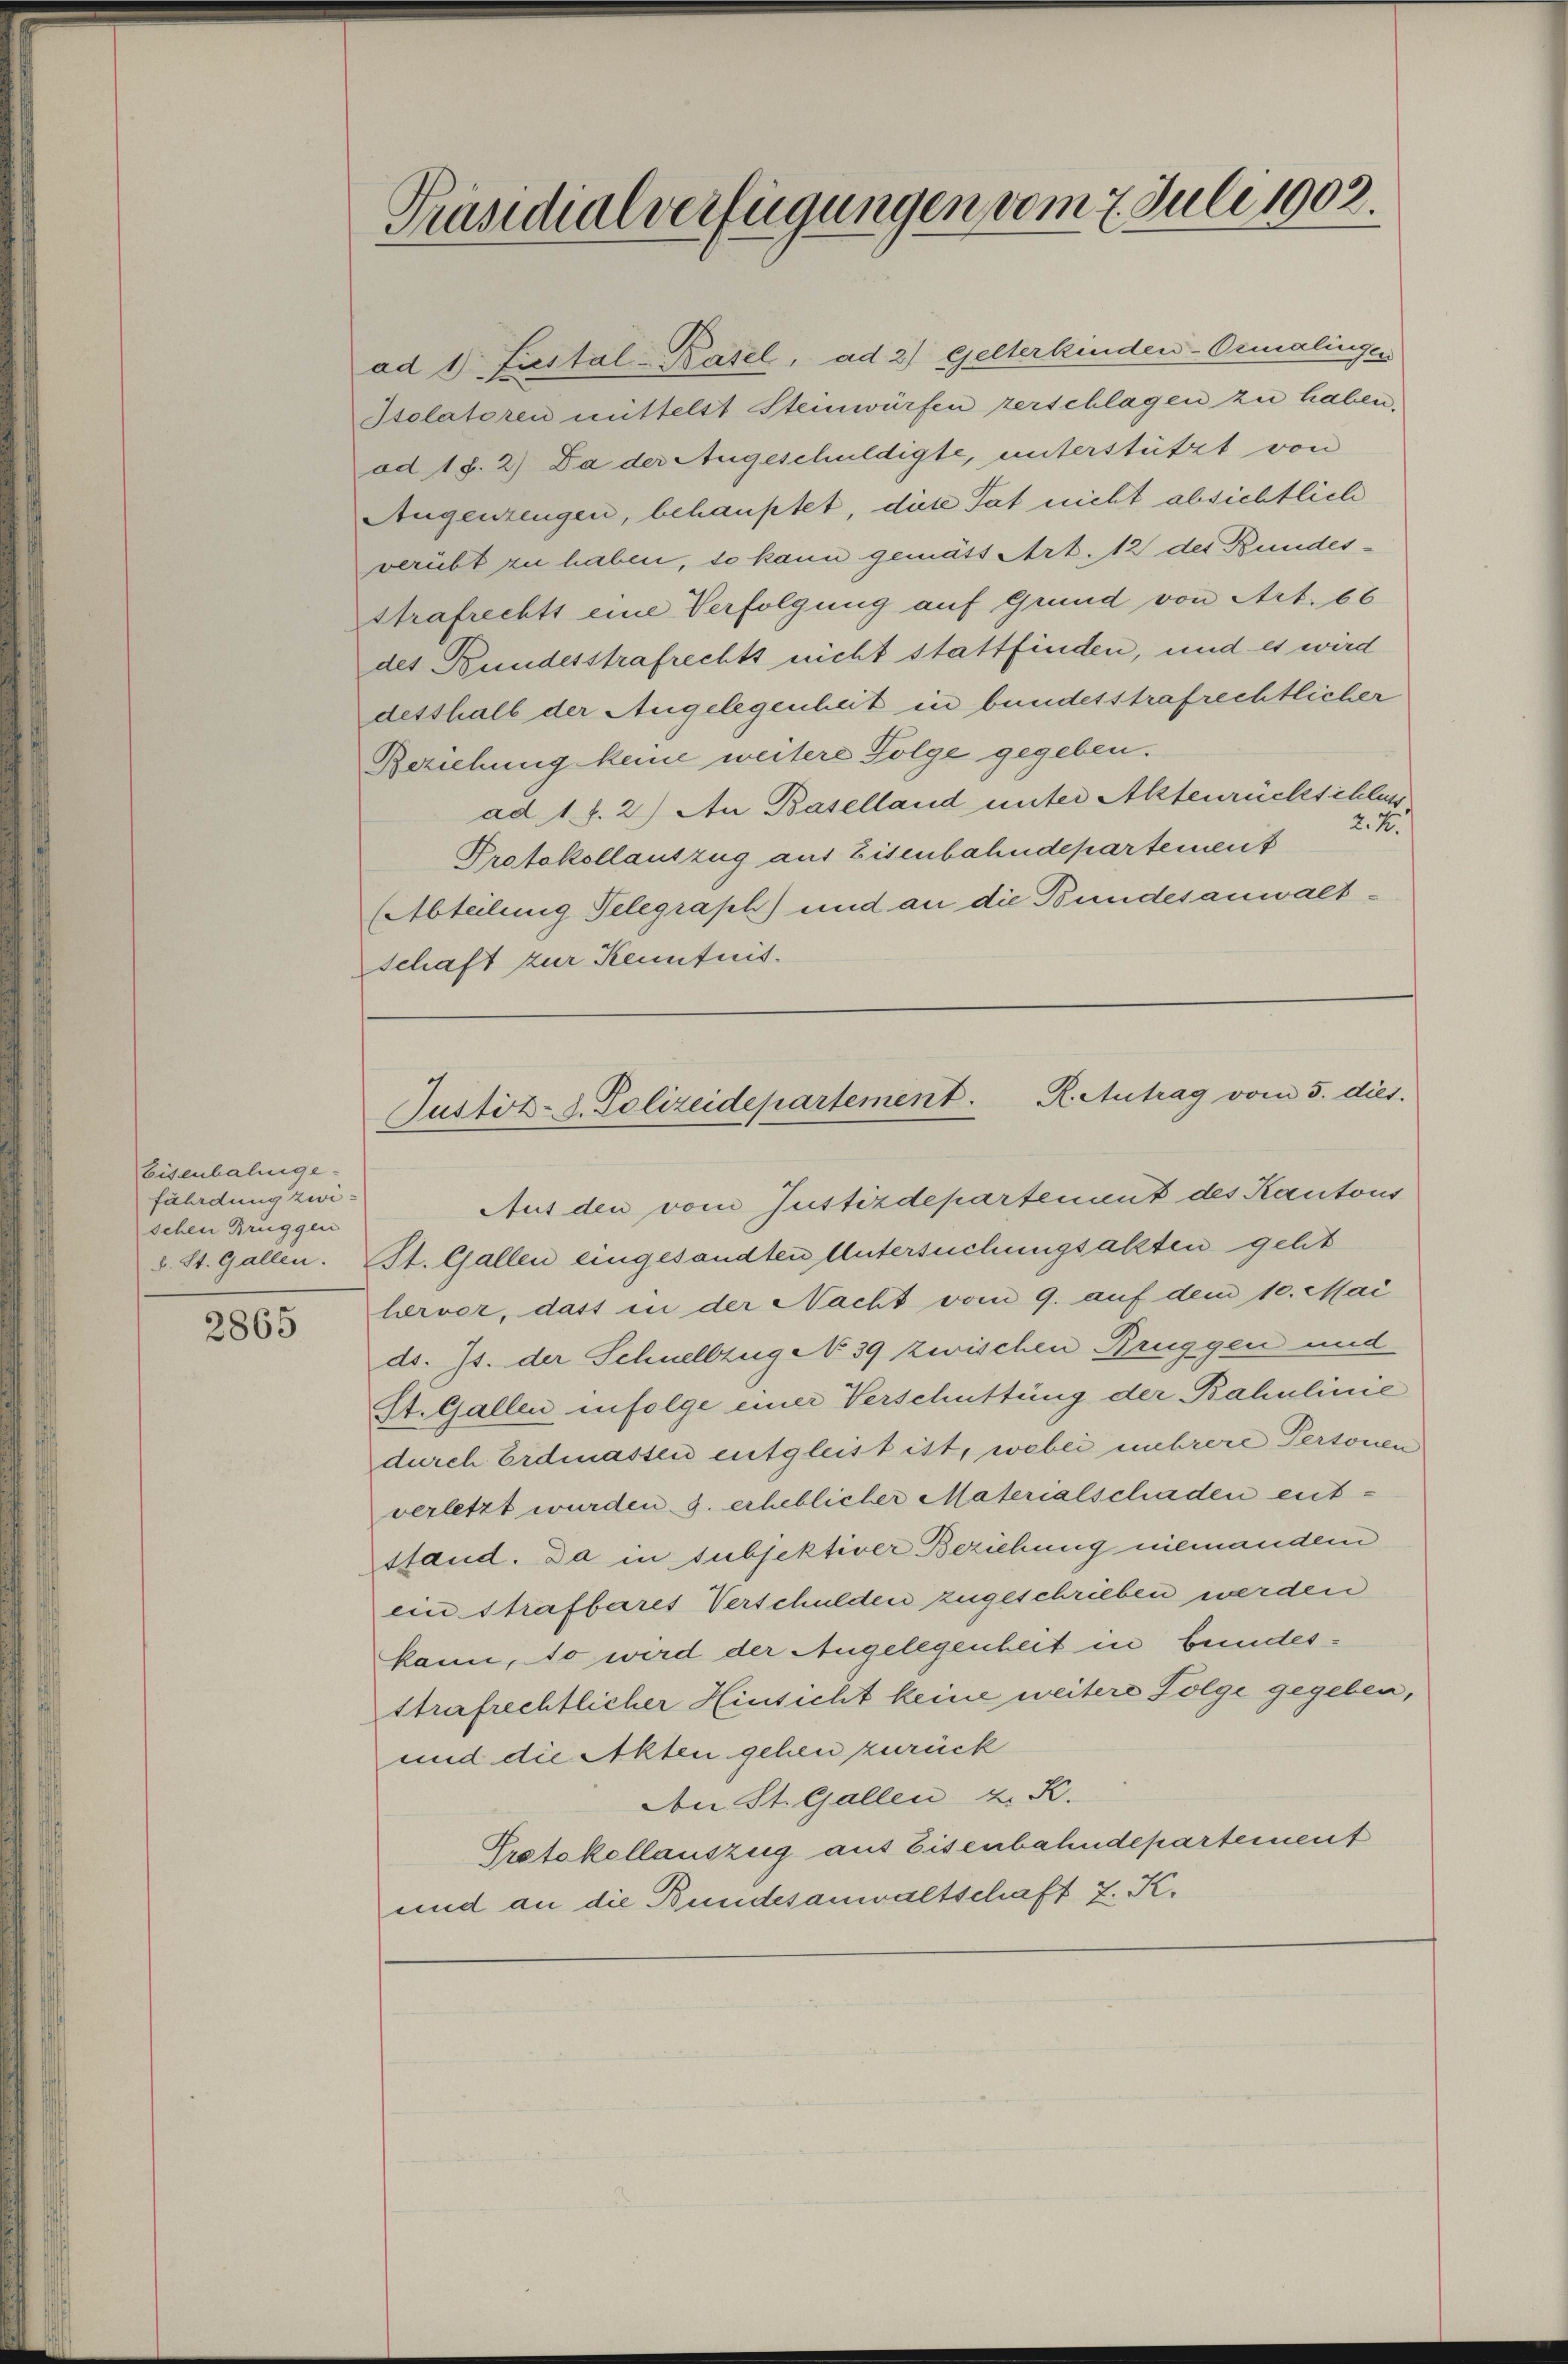
Eisenbalige
fährdung zwischen Bruggen
d. St. Gallen.

2865

Präsidialverfügungen vom 7. Juli 1902.

ad 1) Liestal-Kasel, ad 2) gelterkinden-Ormalinger
Isolatoren mittelst Steinwürfen zerschlagen zu haben,
ad 18. 2) Da der Angeschuldigte, unterstützt von
Augenzeugen, behauptet, diese Tat nicht absichtlich
verübt zu haben, so kann gemätt Art. 12 des Bundesstrafrechts eine Verfolgung auf Grund von Art. 66
des Bundesstrafrechts nicht stattfinden, und es wird
desshalb der Angelegenheit in bundesstrafrechtlicher
Beziehung keine weitere Folge gegeben.
ad 1. f. 2) An Baselland unter Aktenrückschluss
2.4.
Protokollauszug aus Eisenbahndepartement
(Abteilung Telegraph) und an die Bundesanwaltschaft zur Kenntnis.

Justiz- u. Polizeidepartement. R. Antrag vom 5. dies.

Aus den vom Justizdepartenant des Kantons
St. Gallen eingesandten Untersuchungsalten gelit
lervor, dass in der Nacht vom 9. auf dem 10. Mai
do. Js. der Schnellzug No 39 zwischen Brüggen und
St. Gallen infolge einer Verschüttung der Bahulinie
durch Erdmassen entgleist ist, wobei mehrere Personen
verletzt wurden 3. erheblicher Materialschaden entstand. Da in subjektiver Beziehung niemandem
ein Strafbares Verschulden zugeschrieben werden
kann, so wird der Angelegenheit in bundesstrafrechtlicher Hinsicht keine weitere Folge gegeben,
und die Akten gehen zurück
Den St. Gallen z. K.
Protokollauszug aus Eisenbahndepartement
und an die Bundesanwaltschaft z. K.